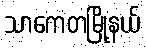
သာကေတမြို့နယ်